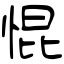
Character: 惃